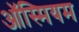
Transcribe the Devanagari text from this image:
ऑस्मियम